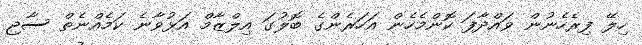
ހިލޭ ފިރެހެނުން ވައްދާފަ ކޮންމެހެން އަހަރެންގެ ބޮލުގަ އިލްޒާމް އަޅުވާނެ ކަމެއްނެތް ސާޖި